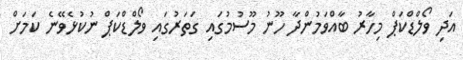
އަދި ވޯލްޑްކަޕް މިހާރު ބާއްވަމުންދާ ހޫނު މޫސުމުގައި ގަތަރުގައި ވޯލްޑްކަޕް ނުކުޅެވޭނެ ކަމަށް